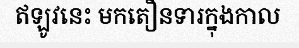
ឥឡូវនេះ មកតឿនទារក្នុងកាល